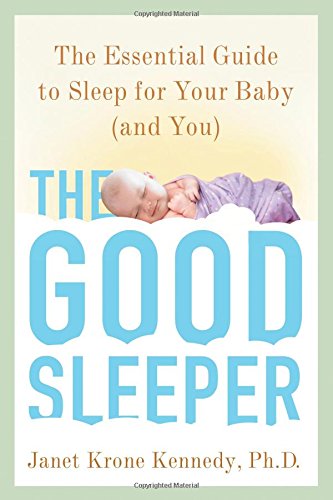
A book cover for The Good Sleeper: The Essential Guide to Sleep for Your Baby--and You; Janet Krone Kennedy; Health, Fitness & Dieting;